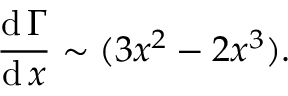
{ \frac { \operatorname { d } \Gamma } { \operatorname { d } x } } \sim ( 3 x ^ { 2 } - 2 x ^ { 3 } ) .